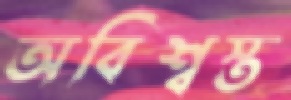
অবিশ্বস্ত